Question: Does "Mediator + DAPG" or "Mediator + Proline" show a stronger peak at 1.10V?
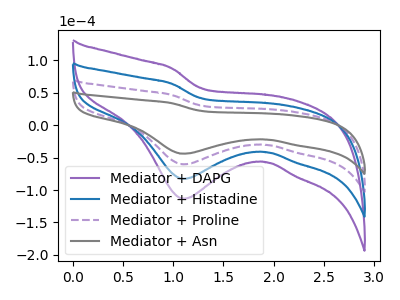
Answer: <think>The purple curve "Mediator + DAPG" has a cathodic peak at: (1.10V, -180.85uA). The blue curve "Mediator + Histadine" has a cathodic peak at: (1.10V, -120.55uA). The purple dashed curve "Mediator + Proline" has a cathodic peak at: (1.10V, -60.30uA). The gray curve "Mediator + Asn" has a cathodic peak at: (1.10V, -43.95uA).</think>
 <answer>The peak at 1.10V is higher in "Mediator + DAPG" than in "Mediator + Proline".</answer>
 <eval>higher</eval>